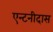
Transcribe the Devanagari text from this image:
एन्टनीदास